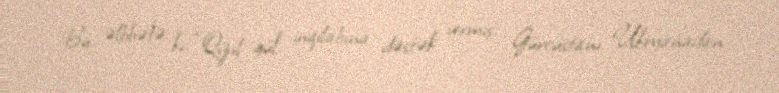
Bu əlbbətə ki, “Qızıl gül” inqilabına dəstək vermiş, Gürcüstanı Ukryanadan